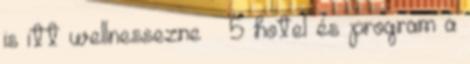
is itt wellnessezne – 5 hotel és program a